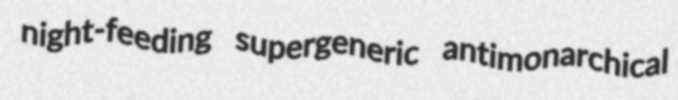
night-feeding supergeneric antimonarchical